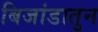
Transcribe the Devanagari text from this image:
बिजांडातुन